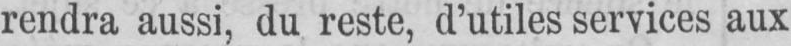
rendra aussi, du reste, d’utiles services aux